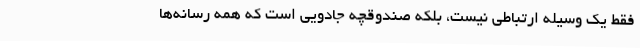
فقط یک وسیله ارتباطی نیست، بلکه صندوقچه جادویی است که همه رسانه‌ها